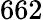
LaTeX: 662